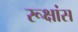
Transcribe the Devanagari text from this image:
रूक्षांस